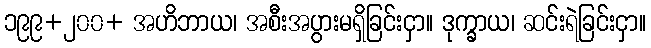
၁၉၉+၂၀၀+ အဟိဘာယ၊ အစီးအပွားမရှိခြင်းငှာ။ ဒုက္ခာယ၊ ဆင်းရဲခြင်းငှာ။